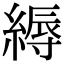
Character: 縟